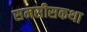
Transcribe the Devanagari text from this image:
समसीसकथा